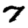
Digit: 7